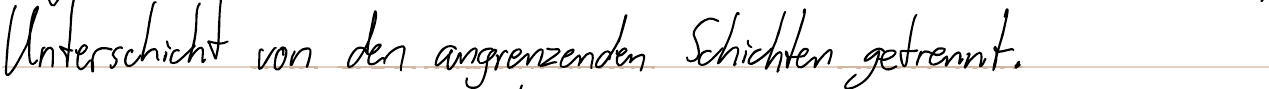
Unterschicht von den angrenzenden Schichten getrennt.